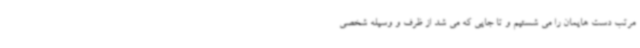
مرتب دست هایمان را می شستیم و تا جایی که می شد از ظرف و وسیله شخصی